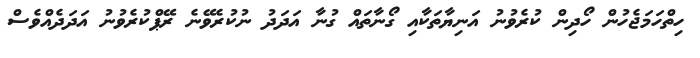
ހިތްހަމަޖެހުން ހޯދިން ކުރެވުނު އަނިޔާތަކާއި ގޯނާތައް ގުނާ އަދަދު ނުކުރެވޭނެ ރޭޕްކުރެވުނު އަދަދެއްވެސް